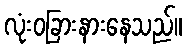
လုံးဝခြားနားနေသည်။